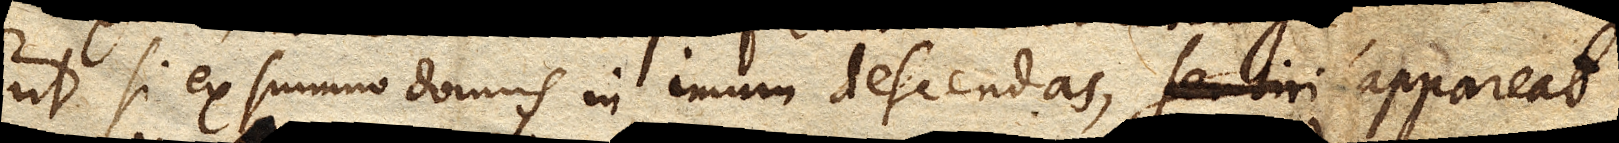
ut si ex summo domus in imum descendas, sentiri